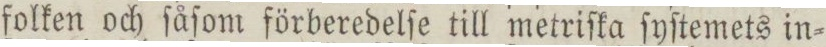
folken och ſåſom förberedelſe till metriſka ſyſtemets in=